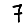
Digit: 7